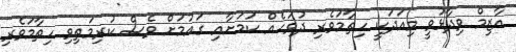
އާޒިމް ވިދާޅުވީ މިއަދަކީ ހިތާމަވެރި ދުވަހެއް ކަމަށާއި ގައުމަށް ވެސް ކުރިމަތިވި ހިތާމަވެރި